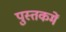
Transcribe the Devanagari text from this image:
पुस्‍तकमें